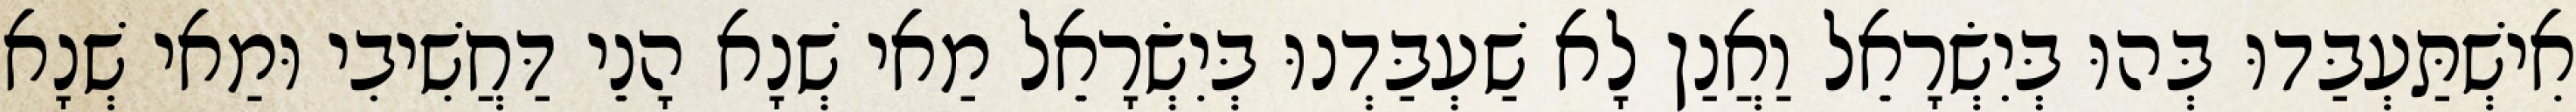
אִישְׁתַּעְבַּדוּ בְּהוּ בְּיִשְׂרָאֵל וַאֲנַן לָא שַׁעְבַּדְנוּ בְּיִשְׂרָאֵל מַאי שְׁנָא הָנֵי דַּחֲשִׁיבִי וּמַאי שְׁנָא